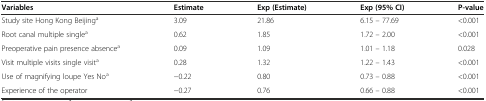
| Variables | Estimate | Exp (Estimate) | Exp (95% CI) | P-value |
 | --- | --- | --- | --- | --- |
 | Study site Hong Kong Beijinga | 3.09 | 21.86 | 6.15 – 77.69 | <0.001 |
 | Root canal multiple singlea | 0.62 | 1.85 | 1.72 – 2.00 | <0.001 |
 | Preoperative pain presence absencea | 0.09 | 1.09 | 1.01 – 1.18 | 0.028 |
 | Visit multiple visits single visita | 0.28 | 1.32 | 1.22 – 1.43 | <0.001 |
 | Use of magnifying loupe Yes Noa | −0.22 | 0.80 | 0.73 – 0.88 | <0.001 |
 | Experience of the operator | −0.27 | 0.76 | 0.66 – 0.88 | <0.001 |